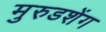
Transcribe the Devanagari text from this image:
मुरुडशेंग